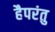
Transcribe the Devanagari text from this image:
हैपरंतु